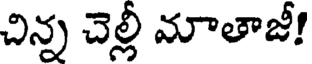
చిన్న చెల్లీ మాతాజీ!